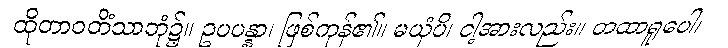
ထိုတာဝတိံသာဘုံ၌။ ဥပပန္နာ၊ ဖြစ်ကုန်၏။ မယှံပိ၊ ငါ့အားလည်း။ တထာရူပေါ၊